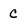
Character: c